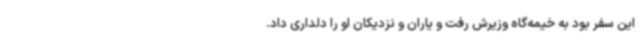
این سفر بود به خیمه‌گاه وزیرش رفت و یاران و نزدیکان او را دلداری داد.